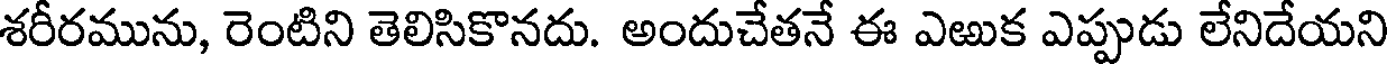
శరీరమును, రెంటిని తెలిసికొనదు. అందుచేతనే ఈ ఎఱుక ఎప్పుడు లేనిదేయని